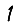
Digit: 1